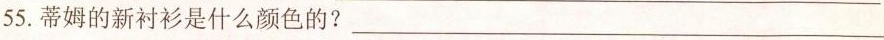
55.蒂姆的新衬衫是什么颜色的?___